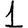
Digit: 1